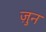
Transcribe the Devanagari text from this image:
ज़ुन